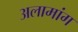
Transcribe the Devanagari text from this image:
अलामांग